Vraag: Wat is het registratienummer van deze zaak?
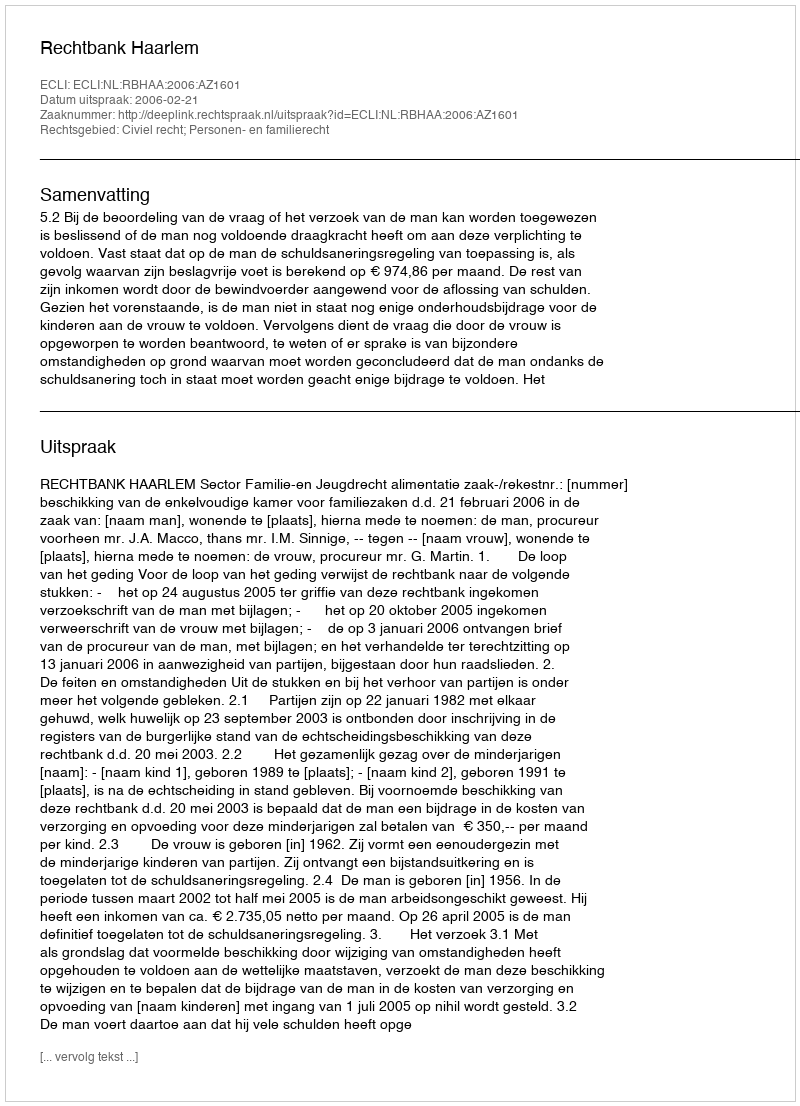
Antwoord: http://deeplink.rechtspraak.nl/uitspraak?id=ECLI:NL:RBHAA:2006:AZ1601